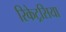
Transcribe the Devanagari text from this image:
रिकेट्रसिया